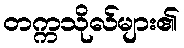
တက္ကသိုလ်များ၏